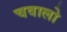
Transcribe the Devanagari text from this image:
चवालो